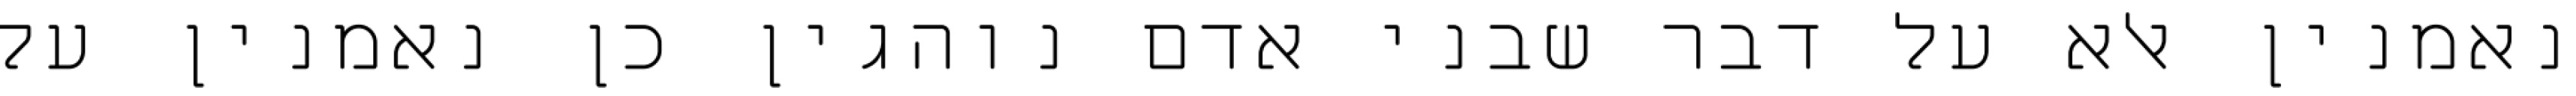
נאמנין אלא על דבר שבני אדם נוהגין כן נאמנין על